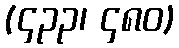
(၄၃၃၊ ၄၈၀)